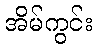
အိမ်ကွင်း